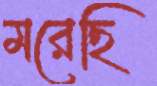
মরেছি